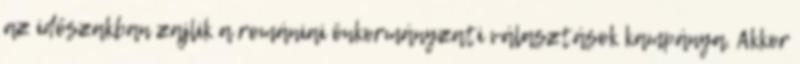
az időszakban zajlik a romániai önkormányzati választások kampánya. Akkor